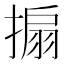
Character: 搧